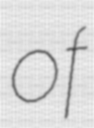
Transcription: of